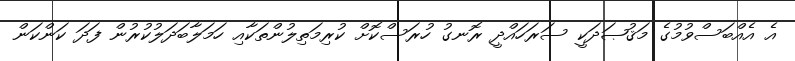
އެ އެއްބަސްވުމުގެ މަޤުޞަދަކީ ސަރަހައްދީ ރޮނގު ހުރަސްކޮށް ކުރިމަތިލުންތަކާއި ހަމަލާބަދަލުކުރުން ފަދަ ކަންކަން